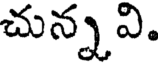
చున్నవి.